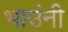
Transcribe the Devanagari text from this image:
भाउंनी